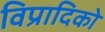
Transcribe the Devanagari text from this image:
विप्रादिको